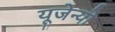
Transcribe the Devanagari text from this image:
यूजेन्यो